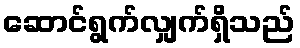
ဆောင်ရွက်လျှက်ရှိသည်